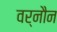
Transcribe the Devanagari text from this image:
वर्नौन